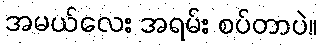
အမယ်လေး အရမ်း စပ်တာပဲ။